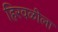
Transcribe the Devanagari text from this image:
हिरवळीला